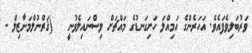
ވަރުބަލިވެފައެވެ. އަހަރެންގެ އަމިއްލަ ހަށިގަނޑުގެ މައްޗަށް ވިސްނައިލެވުނީ   (ޤަރްނުލްމަނާޒިލް -